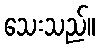
သေးသည်။